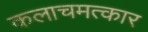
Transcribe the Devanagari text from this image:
कलाचमत्कार